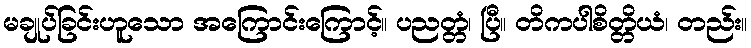
မချုပ်ခြင်းဟူသော အကြောင်းကြောင့်။ ပညတ္တံ၊ ပြီ။ တိကပါစိတ္တိယံ၊ တည်း။